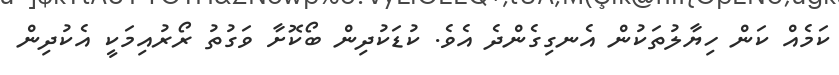
ކަމެއް ކަން ހިޔާލުތަކުން އެނގިގެންދެ އެވެ. ކުޑަކުދިން ބޯކޮށާ ވަގުތު ރޯރުއިމަކީ އެކުދިން